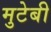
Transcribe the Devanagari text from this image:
मुटेबी